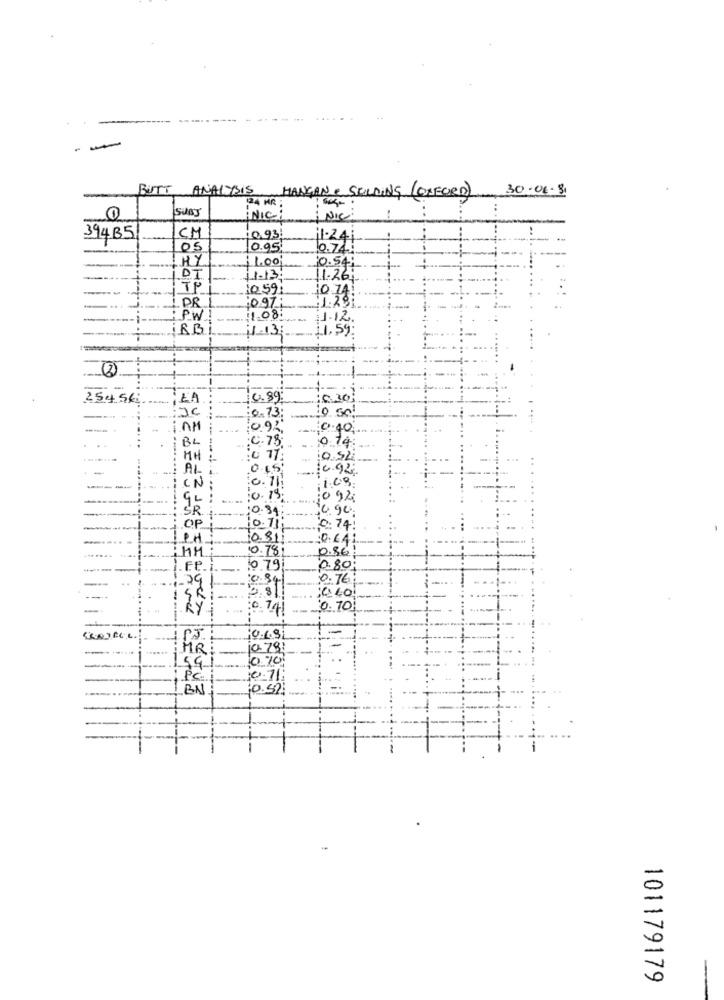
BUTT ANALYSIS
HANGAN & SCOLDING (CAFORD)
30-06-31
124 HR
NIC
NIC
394B5
CM
10.93
11-24
05
10.95
0.74
HY
1.00
10.54
DI
1.1.13
1.26;
TP
1059:
10 74
DR 1
;0.97:
1.291
PW
1.08.
1.12.
RB
11-13:
.59
--
254.56
LA
6.89
30
JC
0.73
.AM
BL
MH
AL
.09
92
90
OP
H
10.7
0.86
10.79
0.80;
-29
0.76
1.8
000
SR
RY
0.74
0. 70
10.68
MR
10.78:
59
0.70
PC
10.71
BN
0.52
101179179